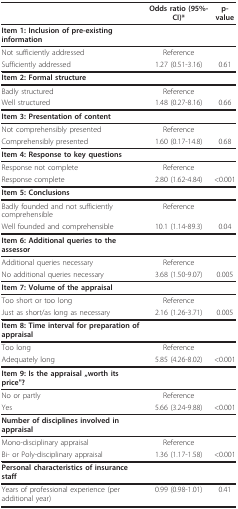
<table><thead><tr><td></td><td><b>Odds ratio (95%-CI)*</b></td><td><b>p-value</b></td></tr></thead><tbody><tr><td><b>Item 1: Inclusion of pre-existing information</b></td><td></td><td></td></tr><tr><td>Not sufficiently addressed</td><td>Reference</td><td></td></tr><tr><td>Sufficiently addressed</td><td>1.27 (0.51-3.16)</td><td>0.61</td></tr><tr><td><b>Item 2: Formal structure</b></td><td></td><td></td></tr><tr><td>Badly structured</td><td>Reference</td><td></td></tr><tr><td>Well structured</td><td>1.48 (0.27-8.16)</td><td>0.66</td></tr><tr><td><b>Item 3: Presentation of content</b></td><td></td><td></td></tr><tr><td>Not comprehensibly presented</td><td>Reference</td><td></td></tr><tr><td>Comprehensibly presented</td><td>1.60 (0.17-14.8)</td><td>0.68</td></tr><tr><td><b>Item 4: Response to key questions</b></td><td></td><td></td></tr><tr><td>Response not complete</td><td>Reference</td><td></td></tr><tr><td>Response complete</td><td>2.80 (1.62-4.84)</td><td>&lt;0.001</td></tr><tr><td><b>Item 5: Conclusions</b></td><td></td><td></td></tr><tr><td>Badly founded and not sufficiently comprehensible</td><td>Reference</td><td></td></tr><tr><td>Well founded and comprehensible</td><td>10.1 (1.14-89.3)</td><td>0.04</td></tr><tr><td><b>Item 6: Additional queries to the assessor</b></td><td></td><td></td></tr><tr><td>Additional queries necessary</td><td>Reference</td><td></td></tr><tr><td>No additional queries necessary</td><td>3.68 (1.50-9.07)</td><td>0.005</td></tr><tr><td><b>Item 7: Volume of the appraisal</b></td><td></td><td></td></tr><tr><td>Too short or too long</td><td>Reference</td><td></td></tr><tr><td>Just as short/as long as necessary</td><td>2.16 (1.26-3.71)</td><td>0.005</td></tr><tr><td><b>Item 8: Time interval for preparation of appraisal</b></td><td></td><td></td></tr><tr><td>Too long</td><td>Reference</td><td></td></tr><tr><td>Adequately long</td><td>5.85 (4.26-8.02)</td><td>&lt;0.001</td></tr><tr><td><b>Item 9: Is the appraisal „worth its price&quot;?</b></td><td></td><td></td></tr><tr><td>No or partly</td><td>Reference</td><td></td></tr><tr><td>Yes</td><td>5.66 (3.24-9.88)</td><td>&lt;0.001</td></tr><tr><td><b>Number of disciplines involved in appraisal</b></td><td></td><td></td></tr><tr><td>Mono-disciplinary appraisal</td><td>Reference</td><td></td></tr><tr><td>Bi- or Poly-disciplinary appraisal</td><td>1.36 (1.17-1.58)</td><td>&lt;0.001</td></tr><tr><td><b>Personal characteristics of insurance staff</b></td><td></td><td></td></tr><tr><td>Years of professional experience (per additional year)</td><td>0.99 (0.98-1.01)</td><td>0.41</td></tr></tbody></table>